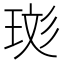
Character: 珳